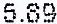
5.89